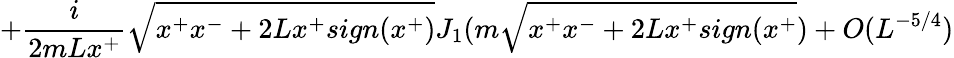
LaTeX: +{\frac{i}{2mLx^{+}}}\sqrt{x^{+}x^{-}+2Lx^{+}sign(x^{+})}J_{1}(m\sqrt{x^{+}x^{-}+2Lx^{+}sign(x^{+}})+O(L^{-5/4})